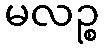
မလဉ္စ